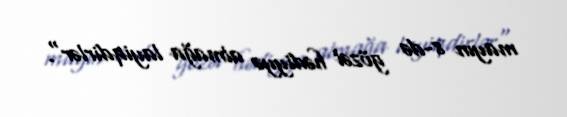
mayın 8-də gözəl hədiyyə almağa layiqdirlər".